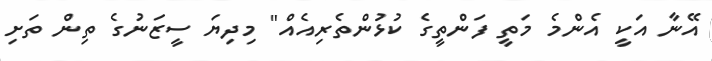
އޭނާ އަކީ އެންމެ މަތީ ފަންތީގެ ކުޅުންތެރިއެއް" މިދިޔަ ސީޒަނުގެ ތިން ތަށި